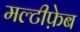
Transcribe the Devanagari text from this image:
मल्टीफ़ेब